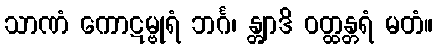
သာဏံ ကောဋမ္ဗုရံ ဘင်္ဂ၊ န္တျာဒိ ဝတ္ထန္တရံ မတံ။